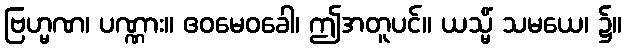
ဗြဟ္မဏ၊ ပဏ္ဏား။ ဧဝမေဝခေါ၊ ဤအတူပင်။ ယသ္မိံ သမယေ၊ ၌။